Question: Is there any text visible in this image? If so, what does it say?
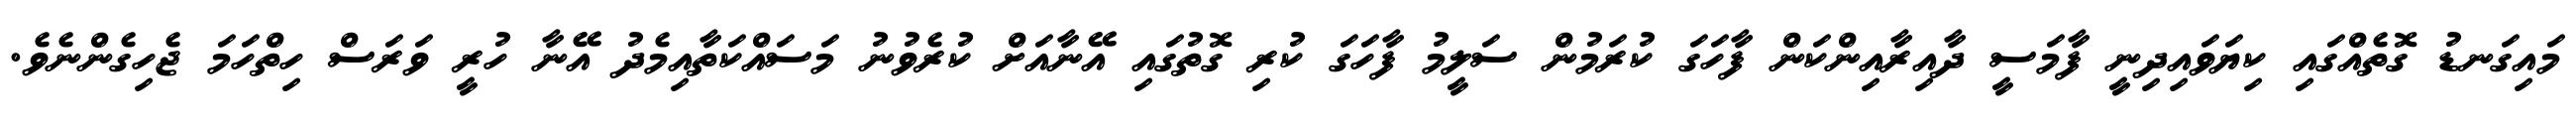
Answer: މައިގަނޑު ގޮތެއްގައި ކިޔަވައިދިނީ ފާމަސީ ދާއިރާއިންކަން ފާހަގަ ކުރަމުން ސަލީމު ފާހަގަ ކުރި ގޮތުގައި އޭނާއަށް ކުރެވުނު މަސައްކަތާއިމެދު އޭނާ ހުރީ ވަރަސް ހިތްހަމަ ޖެހިގެންނެވެ.